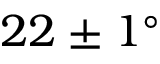
2 2 \pm 1 ^ { \circ }